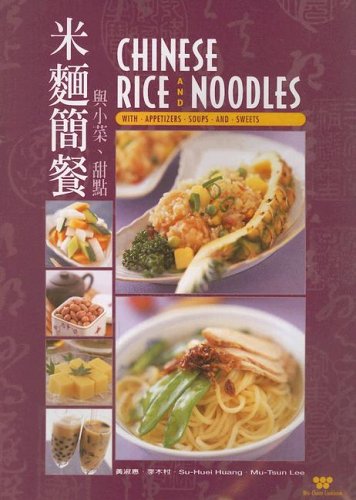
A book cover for Chinese Rice and Noodles: With Appetizers, Soups and Sweets (Wei-Chuan Cookbook) (Chinese and English Edition); Su-Huei Huang; Cookbooks, Food & Wine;